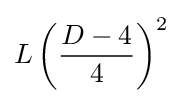
L\left({\frac {D-4}{4}}\right)^{2}